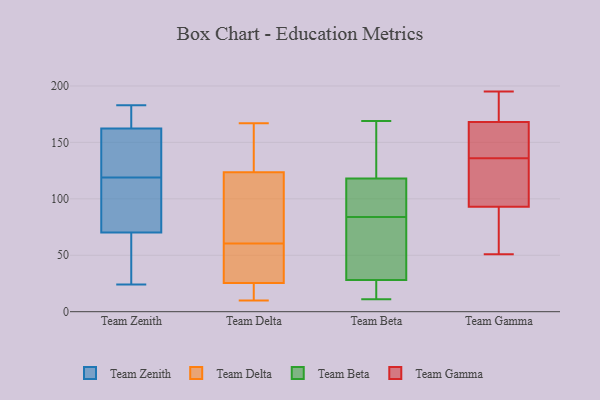
{"axis": {"x": "Headcount", "y": "Value"}, "legend": ["Team Beta", "Team Delta", "Team Gamma", "Team Zenith"], "data": [{"x": "", "y": 182, "type": "Team Zenith"}, {"x": "", "y": 47, "type": "Team Zenith"}, {"x": "", "y": 139, "type": "Team Zenith"}, {"x": "", "y": 183, "type": "Team Zenith"}, {"x": "", "y": 105, "type": "Team Zenith"}, {"x": "", "y": 24, "type": "Team Zenith"}, {"x": "", "y": 163, "type": "Team Zenith"}, {"x": "", "y": 122, "type": "Team Zenith"}, {"x": "", "y": 162, "type": "Team Zenith"}, {"x": "", "y": 78, "type": "Team Zenith"}, {"x": "", "y": 119, "type": "Team Zenith"}, {"x": "", "y": 97, "type": "Team Zenith"}, {"x": "", "y": 39, "type": "Team Zenith"}, {"x": "", "y": 32, "type": "Team Delta"}, {"x": "", "y": 17, "type": "Team Delta"}, {"x": "", "y": 161, "type": "Team Delta"}, {"x": "", "y": 26, "type": "Team Delta"}, {"x": "", "y": 36, "type": "Team Delta"}, {"x": "", "y": 72, "type": "Team Delta"}, {"x": "", "y": 59, "type": "Team Delta"}, {"x": "", "y": 105, "type": "Team Delta"}, {"x": "", "y": 156, "type": "Team Delta"}, {"x": "", "y": 62, "type": "Team Delta"}, {"x": "", "y": 82, "type": "Team Delta"}, {"x": "", "y": 53, "type": "Team Delta"}, {"x": "", "y": 13, "type": "Team Delta"}, {"x": "", "y": 167, "type": "Team Delta"}, {"x": "", "y": 25, "type": "Team Delta"}, {"x": "", "y": 113, "type": "Team Delta"}, {"x": "", "y": 152, "type": "Team Delta"}, {"x": "", "y": 16, "type": "Team Delta"}, {"x": "", "y": 10, "type": "Team Delta"}, {"x": "", "y": 134, "type": "Team Delta"}, {"x": "", "y": 84, "type": "Team Beta"}, {"x": "", "y": 11, "type": "Team Beta"}, {"x": "", "y": 169, "type": "Team Beta"}, {"x": "", "y": 17, "type": "Team Beta"}, {"x": "", "y": 16, "type": "Team Beta"}, {"x": "", "y": 144, "type": "Team Beta"}, {"x": "", "y": 25, "type": "Team Beta"}, {"x": "", "y": 40, "type": "Team Beta"}, {"x": "", "y": 106, "type": "Team Beta"}, {"x": "", "y": 93, "type": "Team Beta"}, {"x": "", "y": 121, "type": "Team Beta"}, {"x": "", "y": 59, "type": "Team Beta"}, {"x": "", "y": 37, "type": "Team Beta"}, {"x": "", "y": 109, "type": "Team Beta"}, {"x": "", "y": 167, "type": "Team Beta"}, {"x": "", "y": 162, "type": "Team Gamma"}, {"x": "", "y": 105, "type": "Team Gamma"}, {"x": "", "y": 131, "type": "Team Gamma"}, {"x": "", "y": 194, "type": "Team Gamma"}, {"x": "", "y": 141, "type": "Team Gamma"}, {"x": "", "y": 174, "type": "Team Gamma"}, {"x": "", "y": 100, "type": "Team Gamma"}, {"x": "", "y": 51, "type": "Team Gamma"}, {"x": "", "y": 81, "type": "Team Gamma"}, {"x": "", "y": 86, "type": "Team Gamma"}, {"x": "", "y": 195, "type": "Team Gamma"}, {"x": "", "y": 156, "type": "Team Gamma"}]}